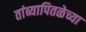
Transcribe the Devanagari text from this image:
तांब्यापितळेच्या